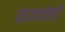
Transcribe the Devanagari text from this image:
यंगनेही